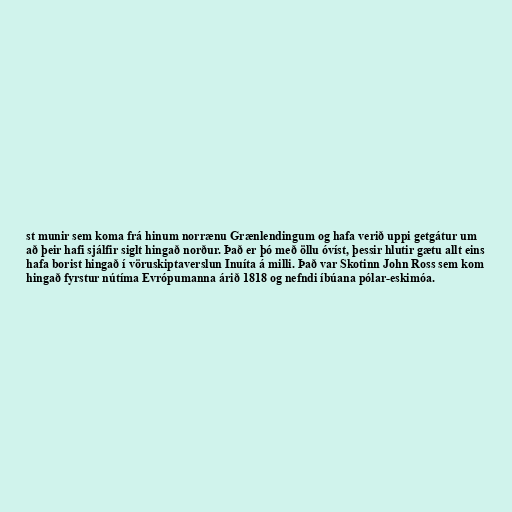
st munir sem koma frá hinum norrænu Grænlendingum og hafa verið uppi getgátur um
að þeir hafi sjálfir siglt hingað norður. Það er þó með öllu óvíst, þessir hlutir gætu allt eins
hafa borist hingað í vöruskiptaverslun Inuíta á milli. Það var Skotinn John Ross sem kom
hingað fyrstur nútíma Evrópumanna árið 1818 og nefndi íbúana pólar-eskimóa.